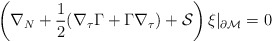
\begin{align*}\left( \nabla_N +\frac 12 (\nabla_\tau \Gamma + \Gamma \nabla_\tau )+{\cal S} \right)\xi \vert_{\partial{\cal M}}=0 \end{align*}